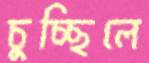
চুচ্ছিলে